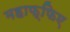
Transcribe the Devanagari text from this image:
महाफ्फिए